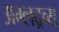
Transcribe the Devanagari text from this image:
अम्लद्रव्य